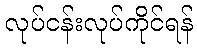
လုပ်ငန်းလုပ်ကိုင်ရန်